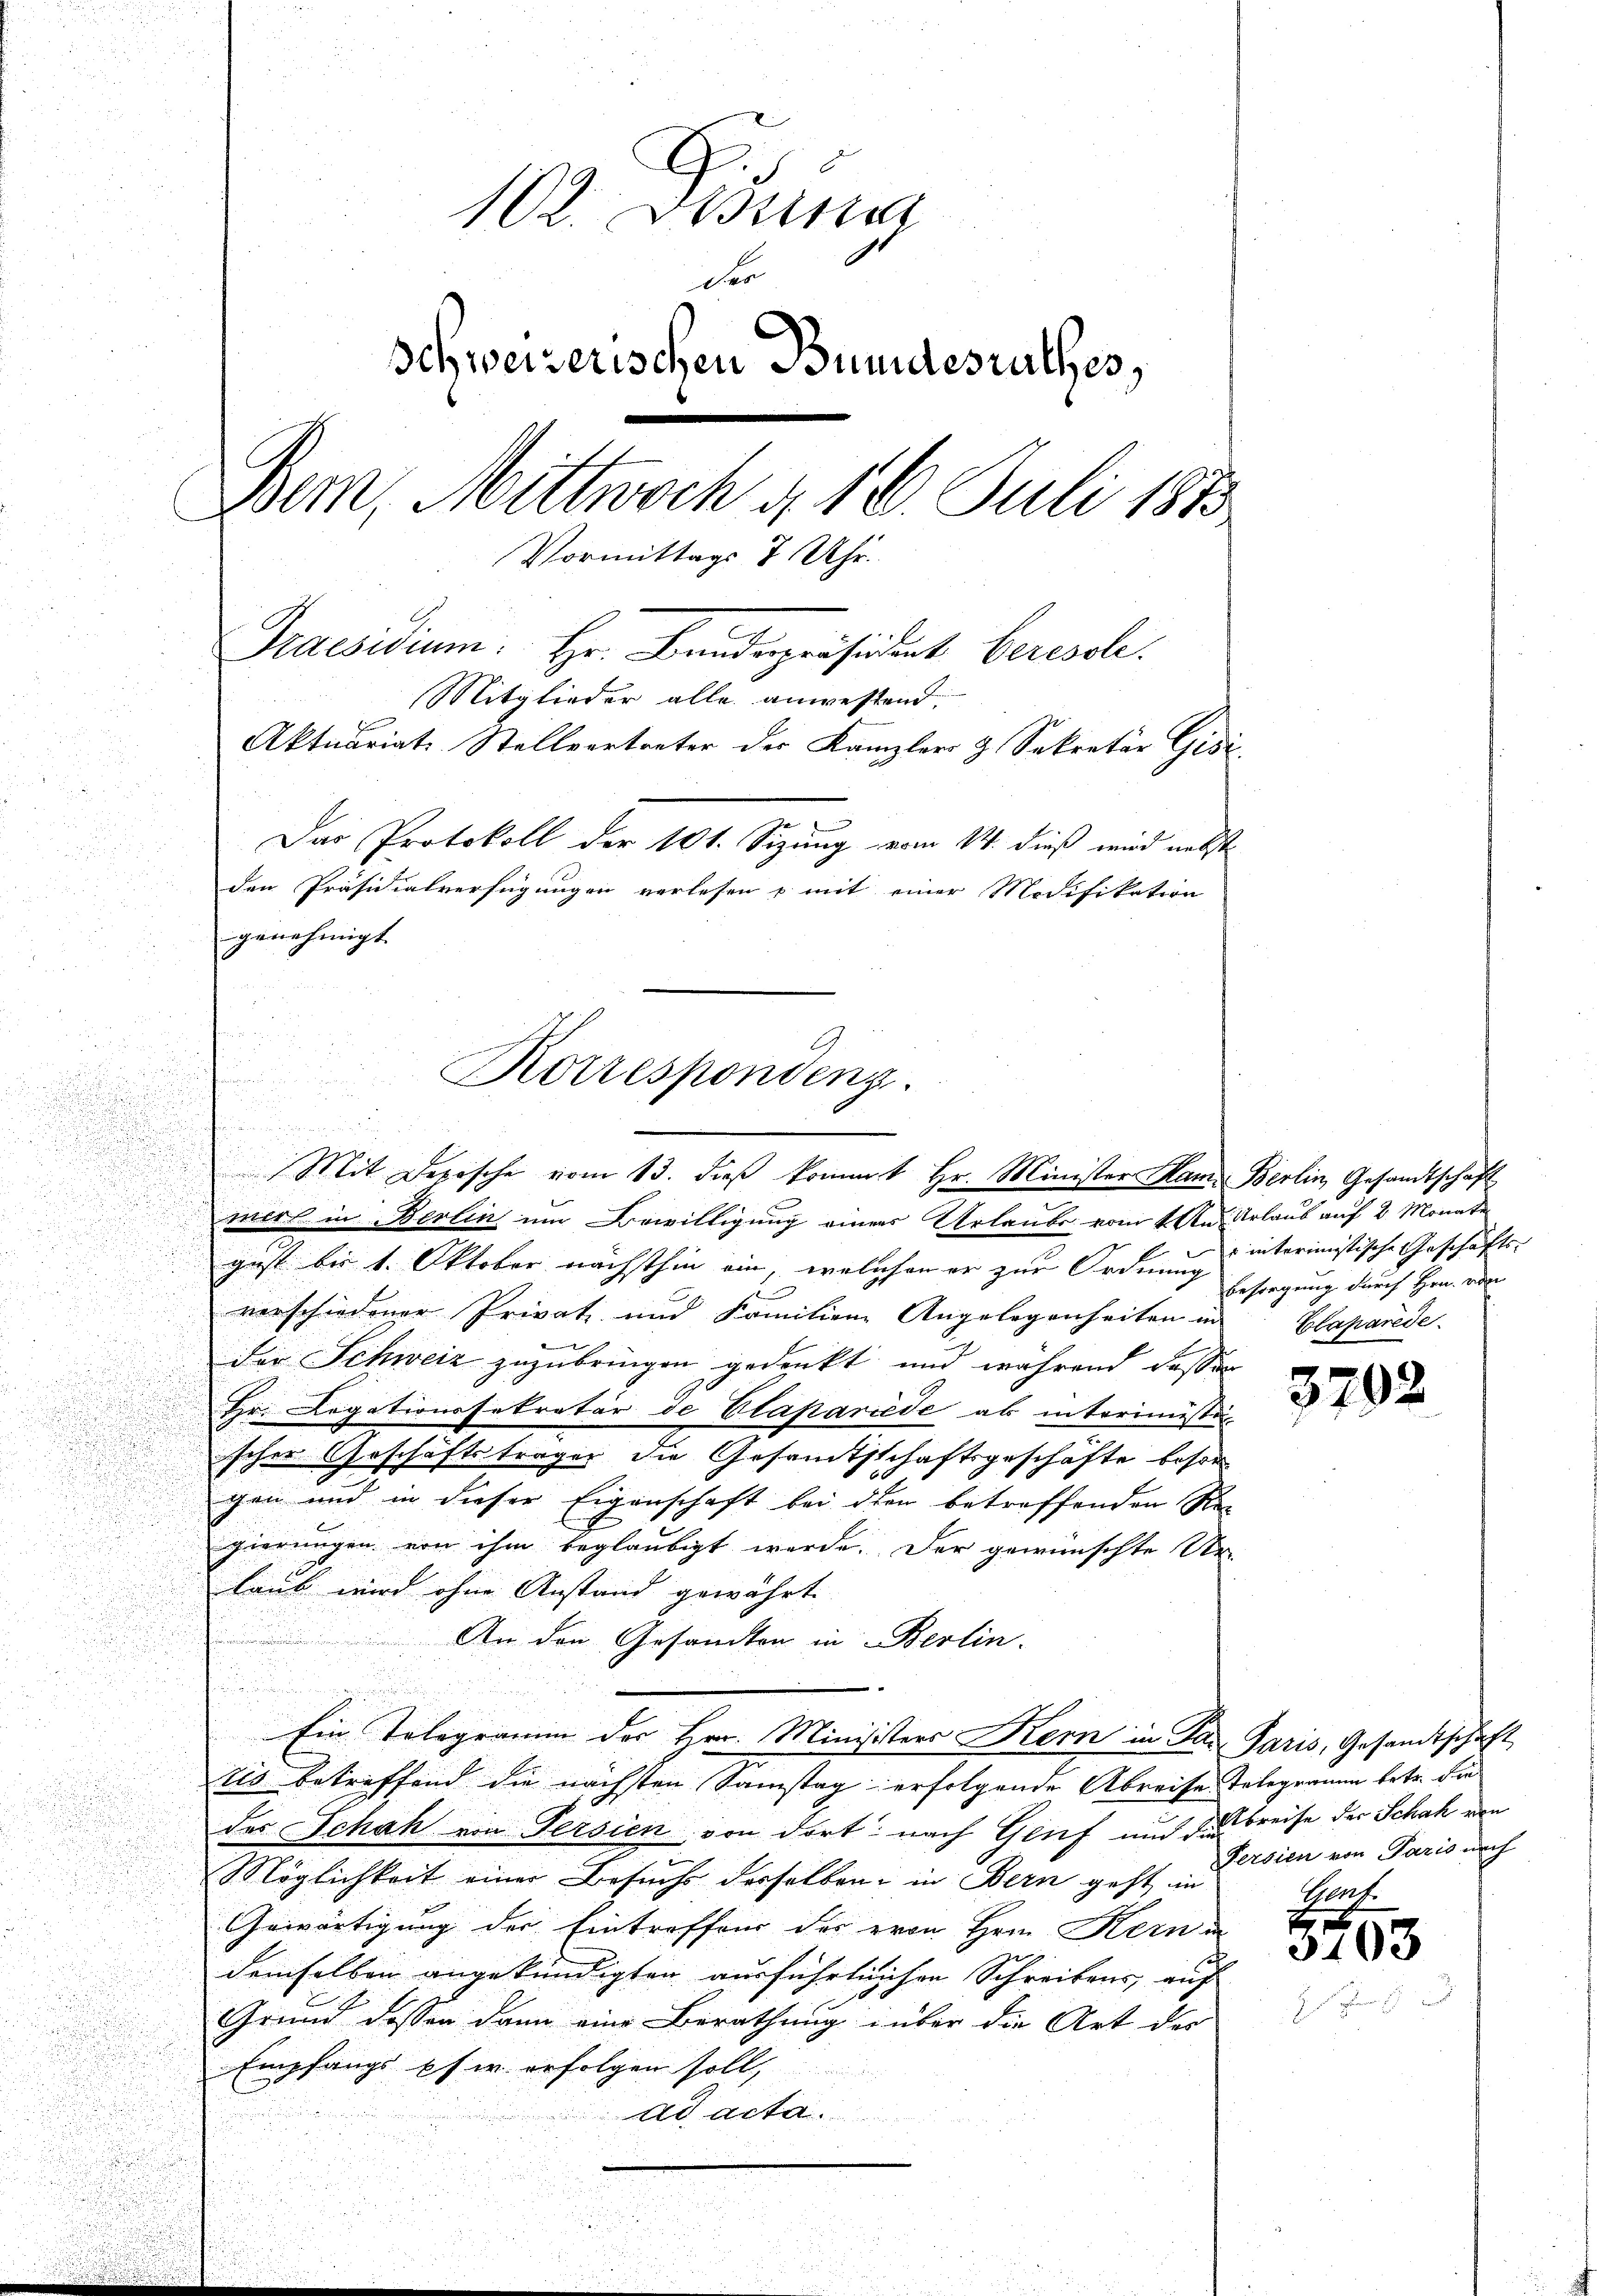
102. Tessin
o
Ichweizerischen Bundesrathes,
Bem, Mittwoch d. 18. Juli 1873
Vormittags 7 Uhr.
Praesidium. Hr. Bandspräsident beresol
Mitglieder alle anwestend.
z
Aktuariats-Stellvertreter des Kanzler & Sekretär Gisi
Das Protokoll der 101. Sizung vom 14. dieß wird nebst
den Präsidialverfügungen verlesen u mit einer Modifikation
genehmigt.

wird in Berlin um Bewilligung eines Urlaubs vom 4. An-
.
.

gust bis 1. Oktober nächsthin ein, welchen er zur Ordnung
.
u
verschiedener Private und Familiene Angelegenheiten in Caparede.
d
der Schweiz zuzubringen gedenkt, und während dassen
Hr. Legationssekretär de Clapariede ab interimisti
scher Geschäftsträger die Gesamtsschaftsgeschäfte besor
gen und in dieser Eigenschaft bei den betreffenden Re-
gierungen von ihm beglaubigt werde. Der gewünschte Ur-
laub wird ohne Anstand gewährt.
An den Gesandten in Berlin.
Ein Telegrarum der Hrn. Ministers Kern in Patis betreffend die nächsten Samstag erfolgende Abreise Telegramm betr. die
des Schah von Persien von dort nach Genf und das breise der Schah von
Möglichkeit einer Besuchs derselben in Bern geht in
Gewärtigung der Eintreffend der evon Herrn Kern i
demselben angekündigten ausführlichen Schreibens, auf
e
Grund dessen dann eine Berathung über die Art der
Empfangs pfer erfolgen soll,
ad acta

Korrespondenz.

Mit derische vom 13. dieβ kommt Hr. Minister Mama Berlin, Gesandtschaft

Urlaub auf 2 Monate
 interimistische Geschäfts- |
Besorgung durch Hrn. von

5702.

Paris, Gesandtschaft
Fersien von Paris nach
f.

3103